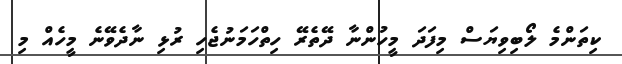
ކިތަންމެ ލޯބިވިޔަސް މިފަދަ މީހުންނާ ދޭތެރޭ ހިތްހަމަނުޖެހި ރުޅި ނާދެވޭނެ މީހެއް މި